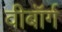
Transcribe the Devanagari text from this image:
वीबॉर्ग